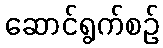
ဆောင်ရွက်စဉ်